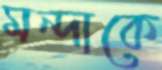
মন্দাকে